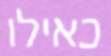
כאילו